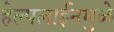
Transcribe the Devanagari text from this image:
हेल्पलाईनमुळे